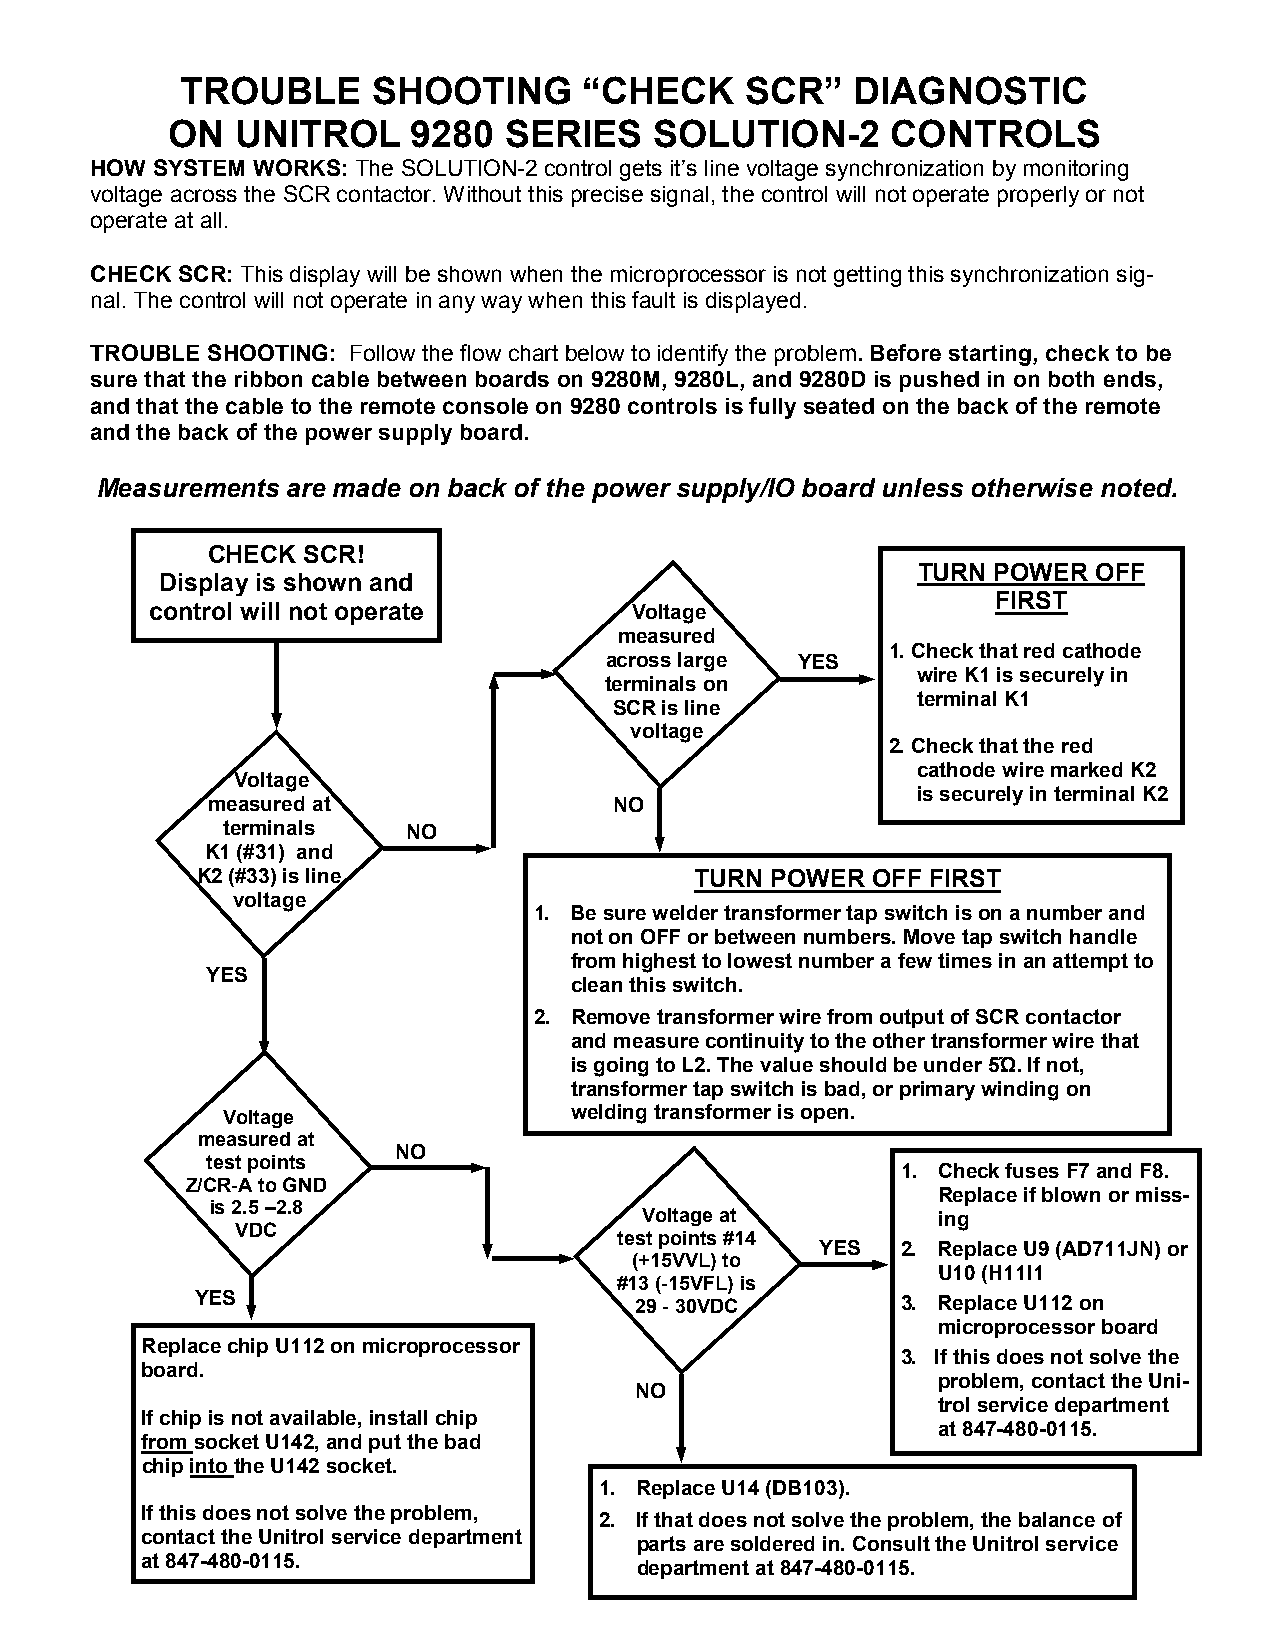
TROUBLE      SHOOTING      “CHECK    SCR”   DIAGNOSTIC
 ON   UNITROL    9280  SERIES    SOLUTION-2      CONTROLS
 HOW SYSTEM WORKS: The SOLUTION-2 control gets it’s line voltage synchronization by monitoring
 voltage across the SCR contactor. Without this precise signal, the control will not operate properly or not
 operate at all.
 CHECK SCR: This display will be shown when the microprocessor is not getting this synchronization sig-
 nal. The control will not operate in any way when this fault is displayed.
 TROUBLE SHOOTING: Follow the flow chart below to identify the problem. Before starting, check to be
 sure that the ribbon cable between boards on 9280M, 9280L, and 9280D is pushed in on both ends,
 and that the cable to the remote console on 9280 controls is fully seated on the back of the remote
 and the back of the power supply board.
 Measurements are made on back of the power supply/IO board unless otherwise noted.
 CHECK SCR!
 TURN POWER  OFF
 Display is shown and
 FIRST
 control will not operate        Voltage
 measured
 1. Check that red cathode
 across large YES
 wire K1 is securely in
 terminals on
 terminal K1
 SCR is line
 voltage
 2. Check that the red
 cathode wire marked K2
 Voltage
 is securely in terminal K2
 measured at                NO
 terminals   NO
 K1 (#31) and
 K2 (#33) is line                 TURN POWER  OFF FIRST
 voltage
 1. Be sure welder transformer tap switch is on a number and
 not on OFF or between numbers. Move tap switch handle
 from highest to lowest number a few times in an attempt to
 YES
 clean this switch.
 2. Remove transformer wire from output of SCR contactor
 and measure continuity to the other transformer wire that
 is going to L2. The value should be under 5Ώ. If not,
 transformer tap switch is bad, or primary winding on
 Voltage                welding transformer is open.
 measured at
 NO
 test points
 1. Check fuses F7 and F8.
 Z/CR-A to GND
 Replace if blown or miss-
 is 2.5 –2.8
 Voltage at         ing
 VDC
 test points #14
 YES   2. Replace U9 (AD711JN) or
 (+15VVL) to
 U10 (H11l1
 #13 (-15VFL) is
 YES                          29 - 30VDC        3. Replace U112 on
 microprocessor board
 Replace chip U112 on microprocessor
 3. If this does not solve the
 board.
 problem, contact the Uni-
 NO
 trol service department
 If chip is not available, install chip
 at 847-480-0115.
 from socket U142, and put the bad
 chip into the U142 socket.
 1. Replace U14 (DB103).
 If this does not solve the problem,
 2. If that does not solve the problem, the balance of
 contact the Unitrol service department
 parts are soldered in. Consult the Unitrol service
 at 847-480-0115.
 department at 847-480-0115.